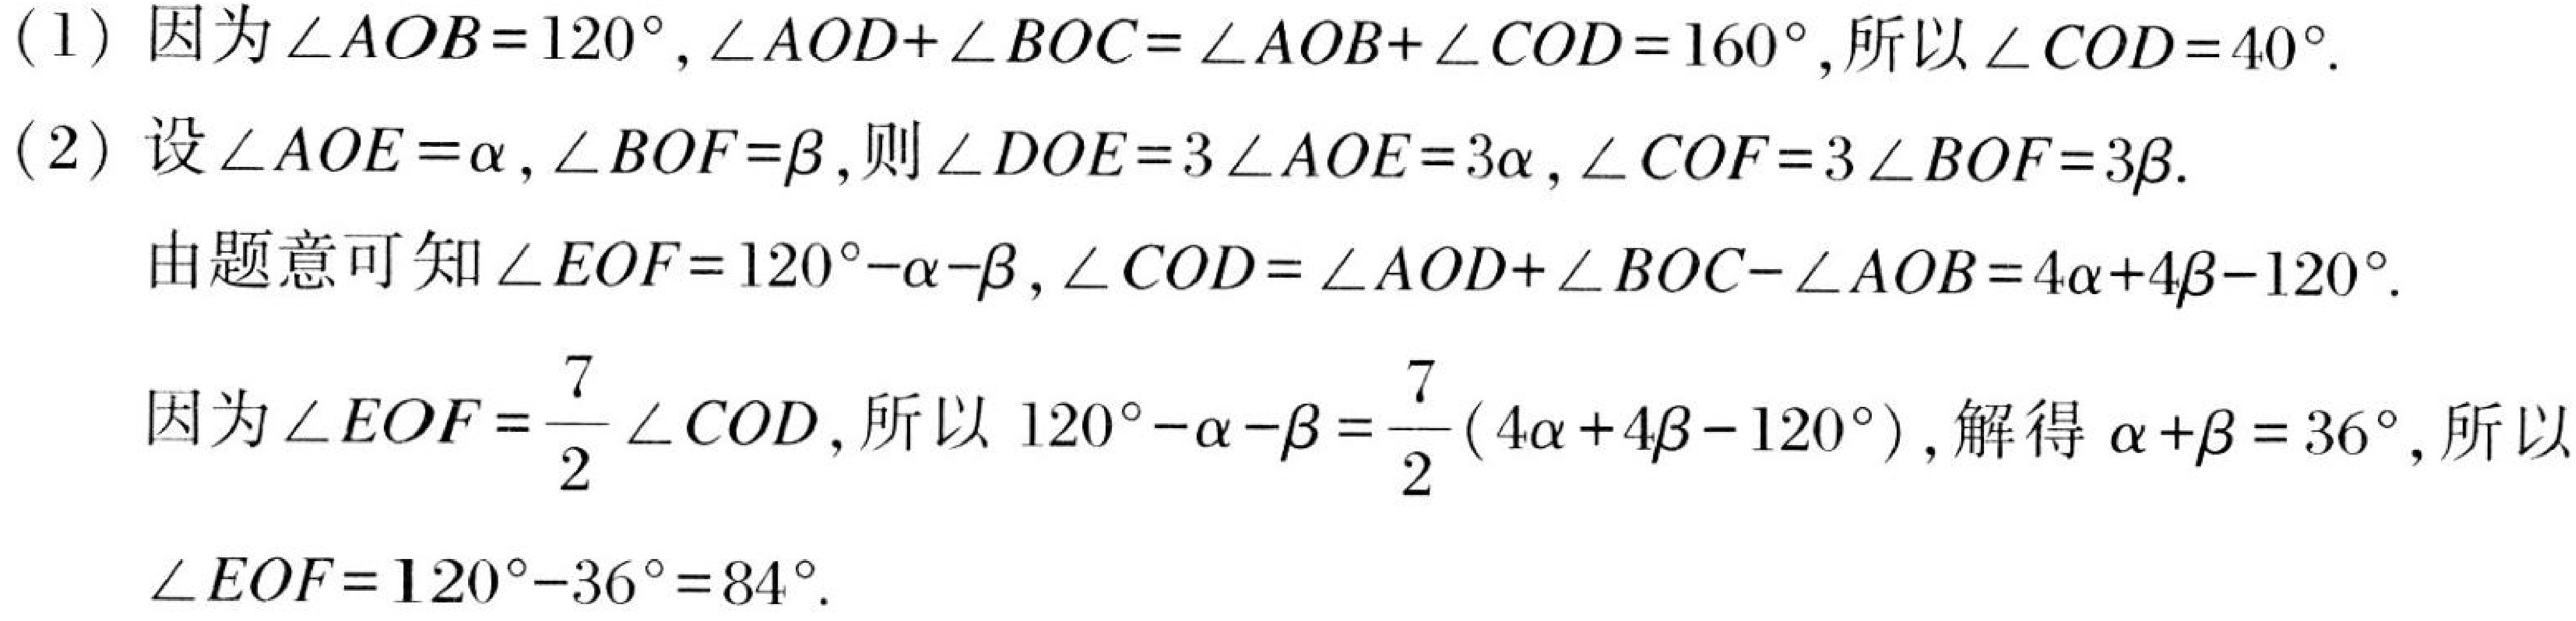
(1) 因为\(\angle AOB = 120^{\circ}\)，\(\angle AOD+\angle BOC=\angle AOB+\angle COD = 160^{\circ}\)，所以\(\angle COD = 40^{\circ}\)。
(2) 设\(\angle AOE=\alpha\)，\(\angle BOF = \beta\)，则\(\angle DOE = 3\angle AOE = 3\alpha\)，\(\angle COF = 3\angle BOF = 3\beta\)。
由题意可知\(\angle EOF = 120^{\circ}-\alpha-\beta\)，\(\angle COD=\angle AOD+\angle BOC - \angle AOB=4\alpha + 4\beta-120^{\circ}\)。
因为\(\angle EOF=\frac{7}{2}\angle COD\)，所以\(120^{\circ}-\alpha-\beta=\frac{7}{2}(4\alpha + 4\beta-120^{\circ})\)，解得\(\alpha+\beta = 36^{\circ}\)，所以\(\angle EOF = 120^{\circ}-36^{\circ}=84^{\circ}\)。